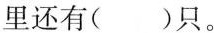
里还有( )只。